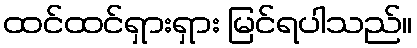
ထင်ထင်ရှားရှား မြင်ရပါသည်။